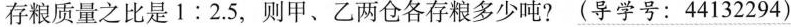
存粮质量之比是$$1 : 2 . 5$$，则甲、乙两仓各存粮多少吨? (导学号：44132294)